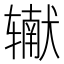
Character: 𰺠